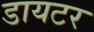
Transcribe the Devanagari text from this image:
डायटर